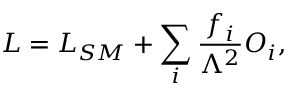
{ \cal L } = { \cal L } _ { S M } + \sum _ { i } { \frac { f _ { i } } { \Lambda ^ { 2 } } } { \cal O } _ { i } ,